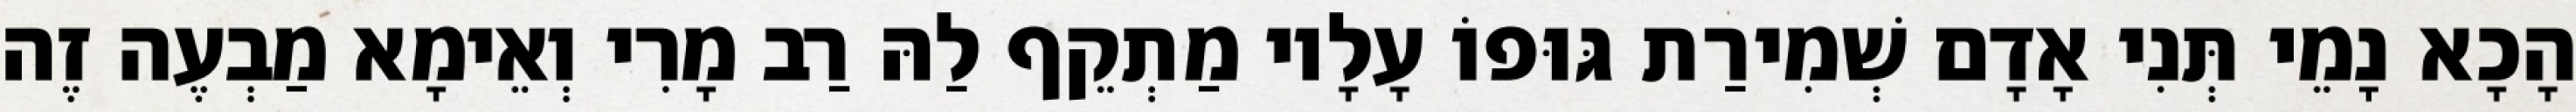
הָכָא נָמֵי תְּנִי אָדָם שְׁמִירַת גּוּפוֹ עָלָיו מַתְקֵף לַהּ רַב מָרִי וְאֵימָא מַבְעֶה זֶה